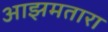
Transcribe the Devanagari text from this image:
आझमतारा